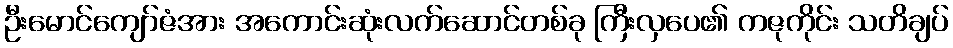
ဦးမောင်ကျော်ဇံအား အကောင်းဆုံးလက်ဆောင်တစ်ခု ကြီးလှပေ၏ ကဇုကိုင်း သတိချပ်